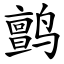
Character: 鹯